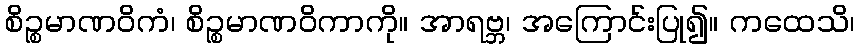
စိဉ္စမာဏဝိကံ၊ စိဉ္စမာဏဝိကာကို။ အာရဗ္ဘ၊ အကြောင်းပြု၍။ ကထေသိ၊